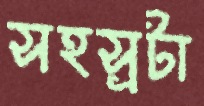
সহস্রটা